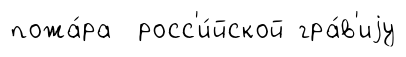
пожа́ра росс'и́йской гра́в'иjу